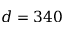
d = 3 4 0